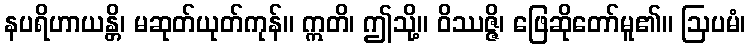
နပရိဟာယန္တိ၊ မဆုတ်ယုတ်ကုန်။ ဣတိ၊ ဤသို့။ ဝိဿဇ္ဇိ၊ ဖြေဆိုတော်မူ၏။ ဩပမံ၊